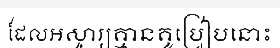
ដែលអស្ចារ្យគ្មានគូប្រៀបនោះ